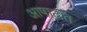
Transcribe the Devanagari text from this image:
आषाढांत